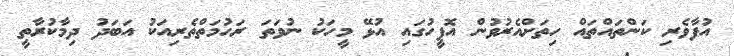
އުފާވެރި ކަންތައްތައް ހިތަށްއެރުވުން އޮފީހުގައި އުޅޭ މީހަކު ނުވަތަ ރަހުމަތްތެރިއަކު އަބަދު ދިމާކުރާތީ